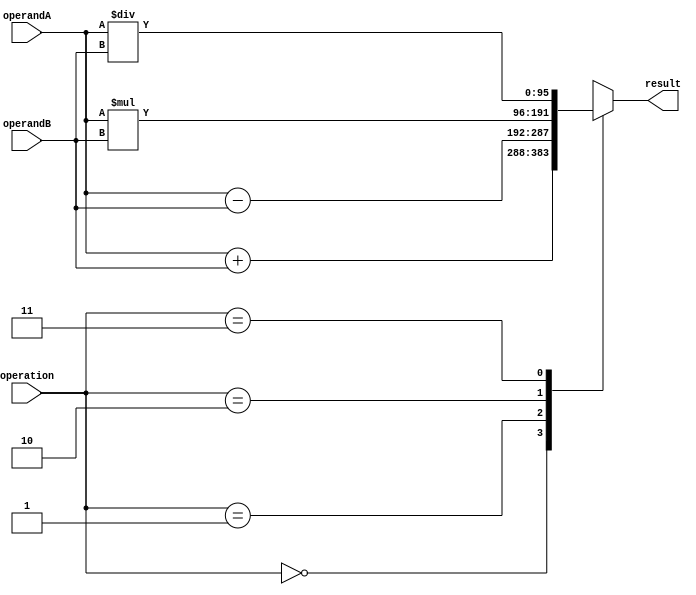
module TriplePrecisionFloatingPointUnit (
    input [95:0] operandA,
    input [95:0] operandB,
    input [1:0] operation,
    output reg [95:0] result
);

always @* begin
    case (operation)
        2'b00: // addition
            result = operandA + operandB;
        2'b01: // subtraction
            result = operandA - operandB;
        2'b10: // multiplication
            result = operandA * operandB;
        2'b11: // division
            result = operandA / operandB;
        default:
            result = 96'b0;
    endcase
end

endmodule